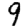
Digit: 9